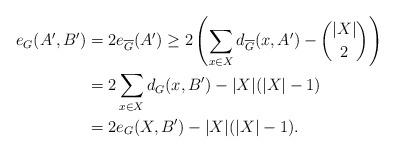
LaTeX: \begin{align*}e_G(A',B') & = 2e_{\overline{G}}(A') \ge 2 \left( \sum_{ x \in X} d_{\overline{G}}(x,A') - \binom{|X|}{2} \right) \\ & = 2 \sum_{ x \in X} d_{G}(x,B') - |X|(|X|-1)\\& = 2 e_G(X, B') - |X| (|X|-1).\end{align*}